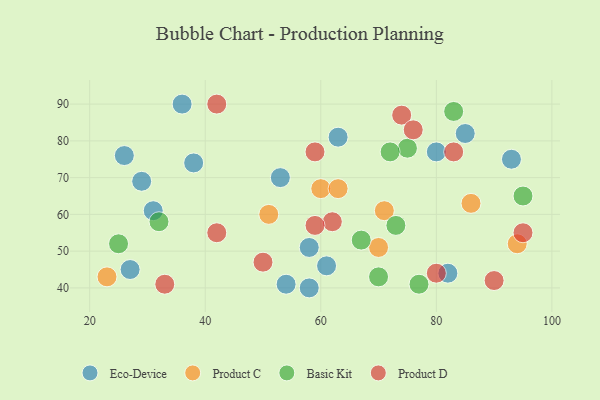
{"axis": {"x": "GDP", "y": "Life Expectancy"}, "legend": ["Basic Kit", "Eco-Device", "Product C", "Product D"], "data": [{"x": "93", "y": 75, "type": "Eco-Device"}, {"x": "38", "y": 74, "type": "Eco-Device"}, {"x": "63", "y": 81, "type": "Eco-Device"}, {"x": "58", "y": 40, "type": "Eco-Device"}, {"x": "29", "y": 69, "type": "Eco-Device"}, {"x": "27", "y": 45, "type": "Eco-Device"}, {"x": "26", "y": 76, "type": "Eco-Device"}, {"x": "80", "y": 77, "type": "Eco-Device"}, {"x": "58", "y": 51, "type": "Eco-Device"}, {"x": "82", "y": 44, "type": "Eco-Device"}, {"x": "61", "y": 46, "type": "Eco-Device"}, {"x": "54", "y": 41, "type": "Eco-Device"}, {"x": "36", "y": 90, "type": "Eco-Device"}, {"x": "85", "y": 82, "type": "Eco-Device"}, {"x": "31", "y": 61, "type": "Eco-Device"}, {"x": "53", "y": 70, "type": "Eco-Device"}, {"x": "94", "y": 52, "type": "Product C"}, {"x": "86", "y": 63, "type": "Product C"}, {"x": "60", "y": 67, "type": "Product C"}, {"x": "70", "y": 51, "type": "Product C"}, {"x": "51", "y": 60, "type": "Product C"}, {"x": "63", "y": 67, "type": "Product C"}, {"x": "23", "y": 43, "type": "Product C"}, {"x": "71", "y": 61, "type": "Product C"}, {"x": "77", "y": 41, "type": "Basic Kit"}, {"x": "32", "y": 58, "type": "Basic Kit"}, {"x": "25", "y": 52, "type": "Basic Kit"}, {"x": "67", "y": 53, "type": "Basic Kit"}, {"x": "70", "y": 43, "type": "Basic Kit"}, {"x": "75", "y": 78, "type": "Basic Kit"}, {"x": "83", "y": 88, "type": "Basic Kit"}, {"x": "72", "y": 77, "type": "Basic Kit"}, {"x": "73", "y": 57, "type": "Basic Kit"}, {"x": "95", "y": 65, "type": "Basic Kit"}, {"x": "59", "y": 77, "type": "Product D"}, {"x": "95", "y": 55, "type": "Product D"}, {"x": "90", "y": 42, "type": "Product D"}, {"x": "42", "y": 55, "type": "Product D"}, {"x": "74", "y": 87, "type": "Product D"}, {"x": "62", "y": 58, "type": "Product D"}, {"x": "42", "y": 90, "type": "Product D"}, {"x": "83", "y": 77, "type": "Product D"}, {"x": "33", "y": 41, "type": "Product D"}, {"x": "59", "y": 57, "type": "Product D"}, {"x": "80", "y": 44, "type": "Product D"}, {"x": "50", "y": 47, "type": "Product D"}, {"x": "76", "y": 83, "type": "Product D"}]}